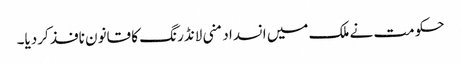
حکومت نے ملک میں انسداد منی لانڈرنگ کا قانون نافذ کردیا۔